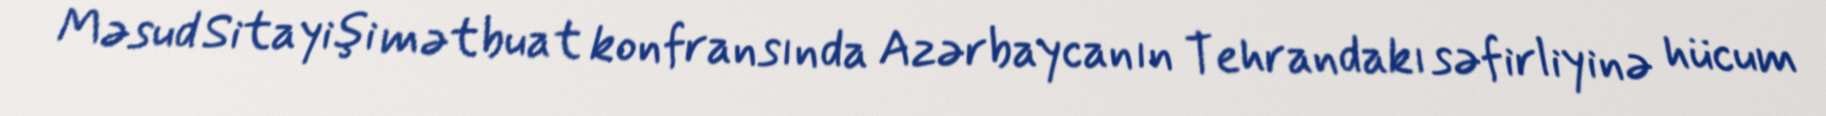
Məsud Sitayişi mətbuat konfransında Azərbaycanın Tehrandakı səfirliyinə hücum